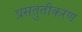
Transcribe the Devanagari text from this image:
प्रसतुतीकरण